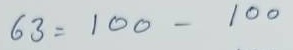
63 = 100 - 100